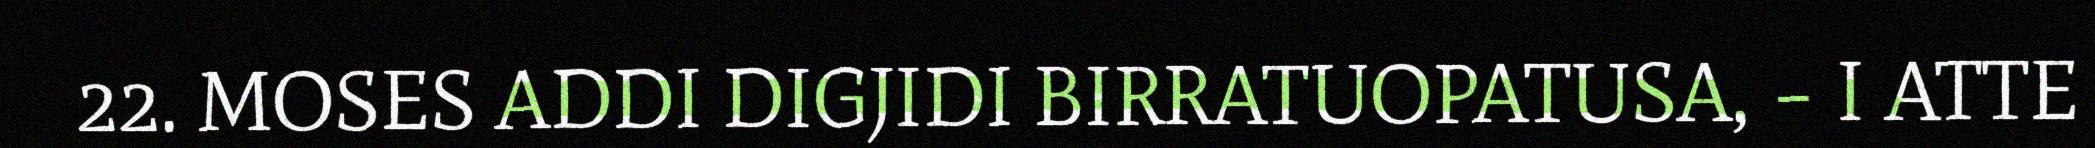
22. MOSES ADDI DIGJIDI BIRRATUOPATUSA, – I ATTE